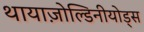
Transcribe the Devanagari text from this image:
थायाज़ोल्डिनीयोड्स